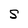
Character: S